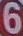
6